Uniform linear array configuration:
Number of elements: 16
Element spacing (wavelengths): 0.75
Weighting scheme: hamming
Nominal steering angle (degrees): -60
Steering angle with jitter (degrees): -60.857
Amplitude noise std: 0.05
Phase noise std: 0.05

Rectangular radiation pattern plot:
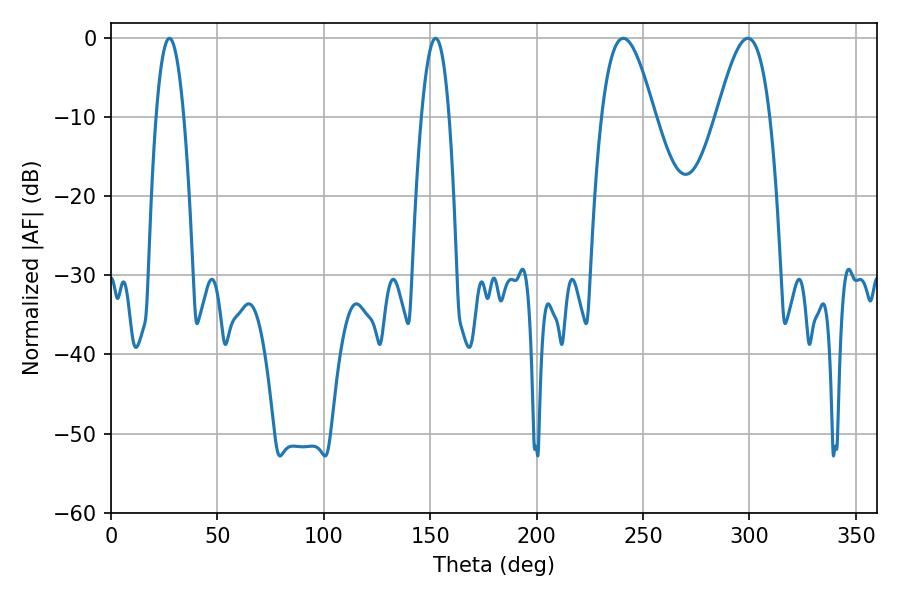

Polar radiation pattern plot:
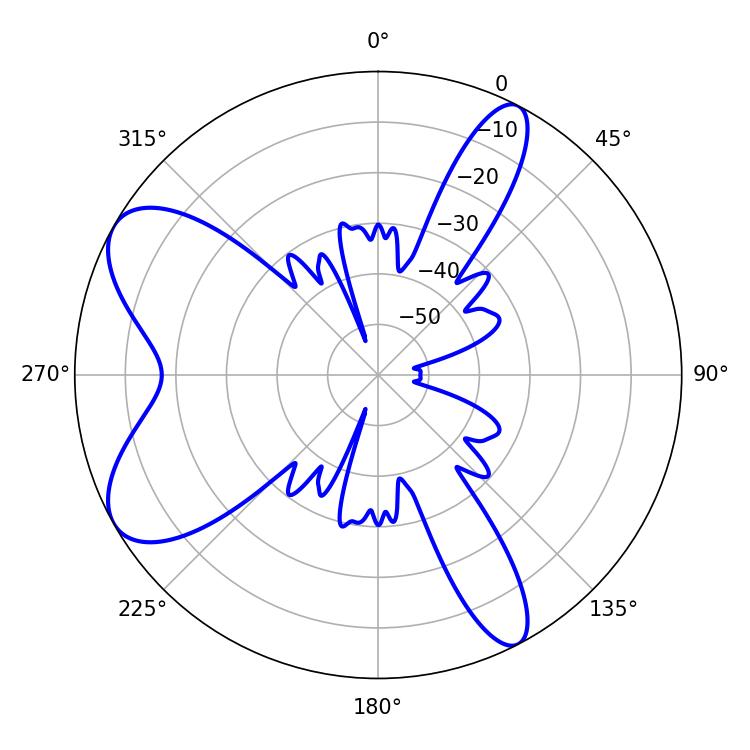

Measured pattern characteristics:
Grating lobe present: TRUE
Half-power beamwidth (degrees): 13.5
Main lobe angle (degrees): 240.66